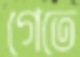
গেতে